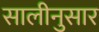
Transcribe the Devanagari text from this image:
सालीनुसार